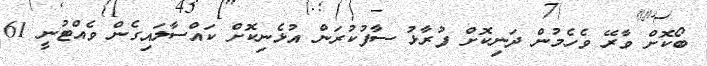
ބޯކޮށް ވާރޭ ވެހެމުން ދަނިކޮށް ފުރާޅު ސާފުކުރަން އުޅެނިކޮށް ކައްސާލައިގެން ވެއްޓުނީ 61